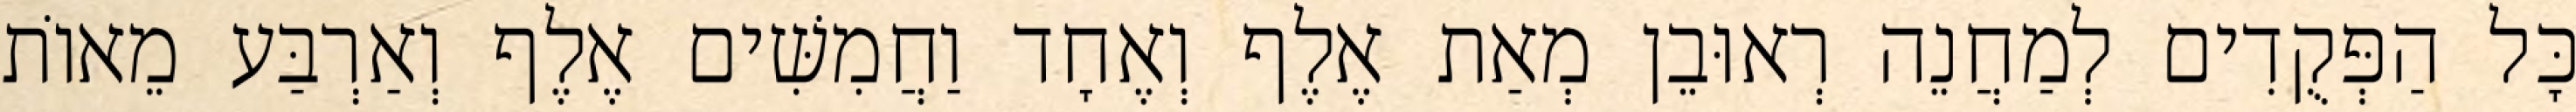
כָּל הַפְּקֻדִים לְמַחֲנֵה רְאוּבֵן מְאַת אֶלֶף וְאֶחָד וַחֲמִשִּׁים אֶלֶף וְאַרְבַּע מֵאוֹת